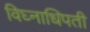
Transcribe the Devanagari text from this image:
विघ्नाधिपती